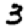
Digit: 3